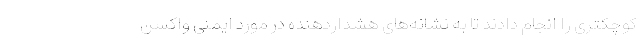
کوچکتری را انجام دادند تا به نشانه‌های هشداردهنده در مورد ایمنی واکسن